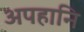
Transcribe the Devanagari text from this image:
अपहानि